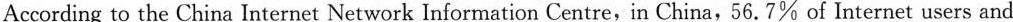
video calls。”My parents are getting old.They need an easy way to learn